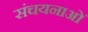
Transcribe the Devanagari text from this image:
संचयनाओं